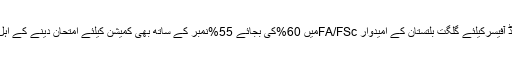
کمیشنڈ آفیسرکیلئے گلگت بلتستان کے امیدوار FA/FScمیں 60%کی بجائے 55%نمبر کے ساتھ بھی کمیشن کیلئے امتحان دینے کے اہل ہیں ۔